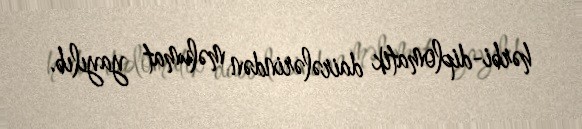
hərbi-diplomatik dairələrindən məlumat yayılıb.